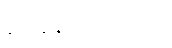
ဂေါစရပသုတော